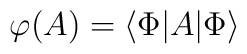
\mathcal{\varphi}(A)=\left\langle \Phi|A|\Phi\right\rangle